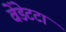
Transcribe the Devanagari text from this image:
वेंडेटटा